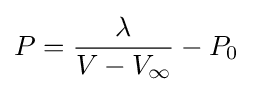
P={\frac {\lambda }{V-V_{\infty }}}-P_{0}